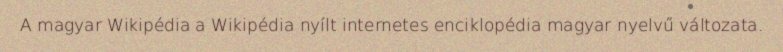
A magyar Wikipédia a Wikipédia nyílt internetes enciklopédia magyar nyelvű változata.